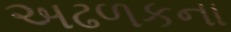
અઢળકના